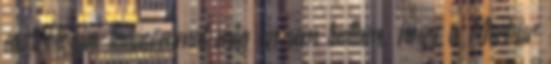
asztrológiai tudásommal még én sem tudtam, hogy a Merkúr